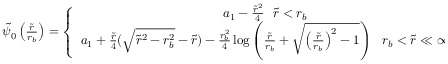
\begin{array} { r } { \tilde { \psi } _ { 0 } \left( \frac { \tilde { r } } { r _ { b } } \right) = \left\{ \begin{array} { c } { a _ { 1 } - \frac { \tilde { r } ^ { 2 } } { 4 } ~ ~ \tilde { r } < r _ { b } } \\ { a _ { 1 } + \frac { \tilde { r } } { 4 } ( \sqrt { \tilde { r } ^ { 2 } - r _ { b } ^ { 2 } } - \tilde { r } ) - \frac { r _ { b } ^ { 2 } } { 4 } \log \left( \frac { \tilde { r } } { r _ { b } } + \sqrt { \left( \frac { \tilde { r } } { r _ { b } } \right) ^ { 2 } - 1 } \right) ~ ~ r _ { b } < \tilde { r } \ll \infty } \end{array} \right. . } \end{array}